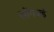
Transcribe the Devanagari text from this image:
खोंगजई